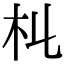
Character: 𣎹